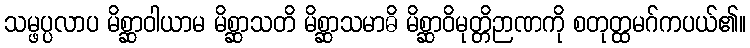
သမ္ဖပ္ပလာပ မိစ္ဆာဝါယာမ မိစ္ဆာသတိ မိစ္ဆာသမာဓိ မိစ္ဆာဝိမုတ္တိဉာဏကို စတုတ္ထမဂ်ကပယ်၏။